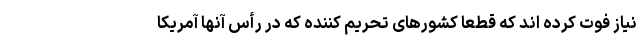
نیاز فوت کرده اند که قطعاً کشورهای تحریم کننده که در رأس آنها آمریکا